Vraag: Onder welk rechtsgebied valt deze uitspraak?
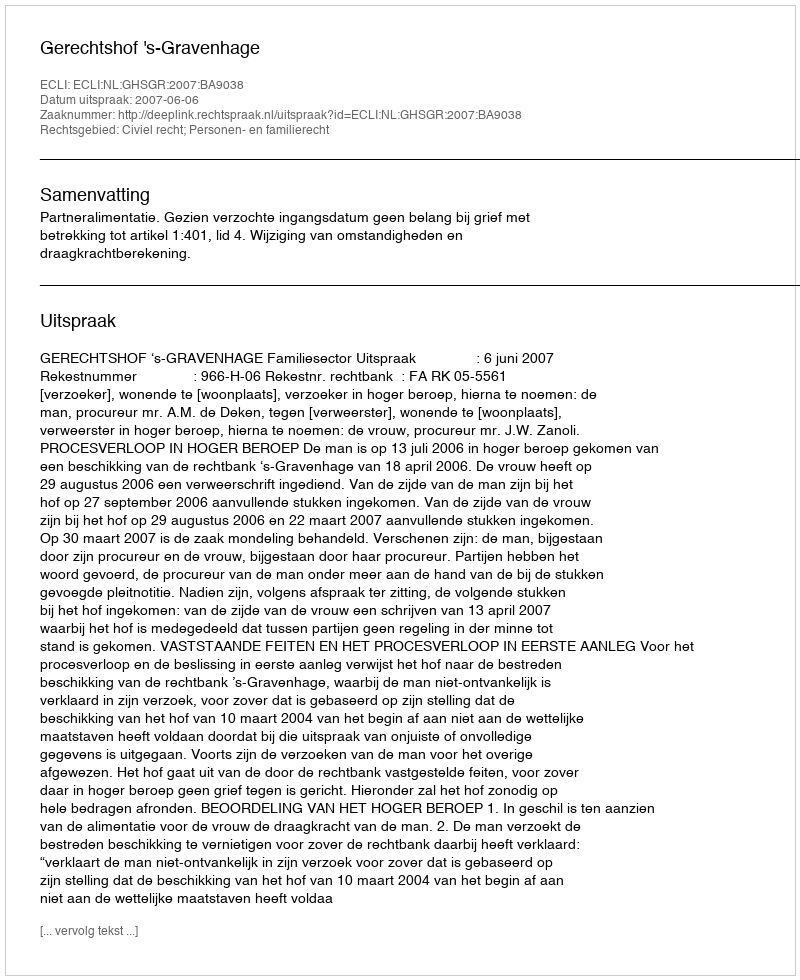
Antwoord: Civiel recht; Personen- en familierecht